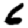
Digit: 6